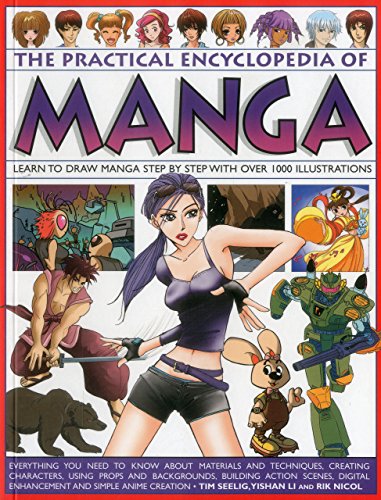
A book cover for The Practical Encyclopedia of Manga: Learn To Draw Manga Step By Step With Over 1000 Illustrations; Tim Seelig; Reference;